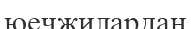
юечжилардан